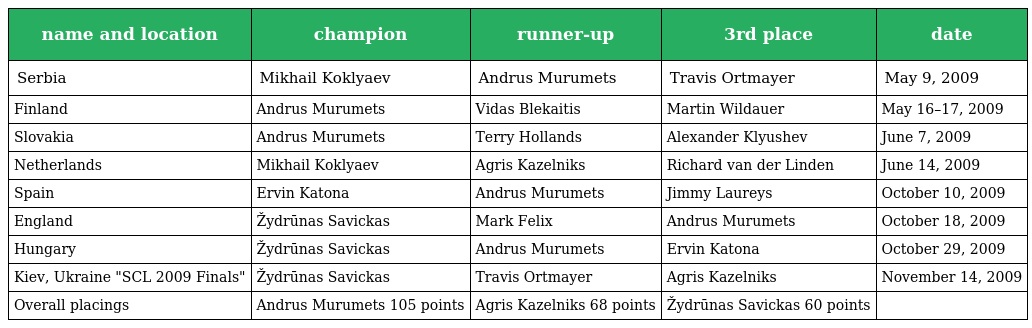
| name and location | champion | runner-up | 3rd place | date |
 | --- | --- | --- | --- | --- |
 | Serbia | Mikhail Koklyaev | Andrus Murumets | Travis Ortmayer | May 9, 2009 |
 | Finland | Andrus Murumets | Vidas Blekaitis | Martin Wildauer | May 16–17, 2009 |
 | Slovakia | Andrus Murumets | Terry Hollands | Alexander Klyushev | June 7, 2009 |
 | Netherlands | Mikhail Koklyaev | Agris Kazelniks | Richard van der Linden | June 14, 2009 |
 | Spain | Ervin Katona | Andrus Murumets | Jimmy Laureys | October 10, 2009 |
 | England | Žydrūnas Savickas | Mark Felix | Andrus Murumets | October 18, 2009 |
 | Hungary | Žydrūnas Savickas | Andrus Murumets | Ervin Katona | October 29, 2009 |
 | Kiev, Ukraine "SCL 2009 Finals" | Žydrūnas Savickas | Travis Ortmayer | Agris Kazelniks | November 14, 2009 |
 | Overall placings | Andrus Murumets 105 points | Agris Kazelniks 68 points | Žydrūnas Savickas 60 points |  |